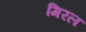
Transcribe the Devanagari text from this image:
मिरल